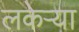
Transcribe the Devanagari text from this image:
लकेऱ्या